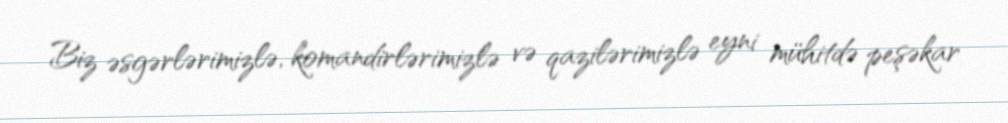
Biz əsgərlərimizlə, komandirlərimizlə və qazilərimizlə eyni mühitdə peşəkar